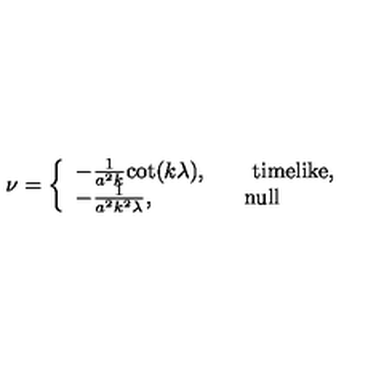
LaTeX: \nu = \left\{ \begin{array} { l } { - \frac { 1 } { a ^ { 2 } k } { \cot } ( k \lambda ) , \qquad \mathrm { t i m e l i k e } , } \\ { - \frac { 1 } { a ^ { 2 } k ^ { 2 } \lambda } , \qquad \qquad \mathrm { n u l l } } \\ \end{array} \right.